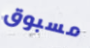
مسبوق